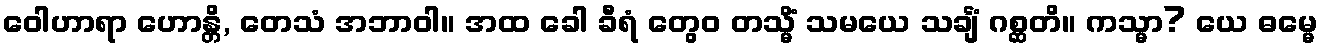
ဝေါဟာရာ ဟောန္တိ, တေသံ အဘာဝါ။ အထ ခေါ ခီရံ တွေဝ တသ္မိံ သမယေ သင်္ချံ ဂစ္ဆတိ။ ကသ္မာ? ယေ ဓမ္မေ